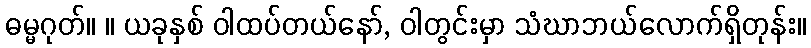
ဓမ္မဂုတ်။ ။ ယခုနှစ် ဝါထပ်တယ်နော်, ဝါတွင်းမှာ သံဃာဘယ်လောက်ရှိတုန်း။